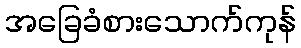
အခြေခံစားသောက်ကုန်